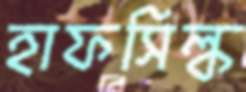
হাফসিল্ক